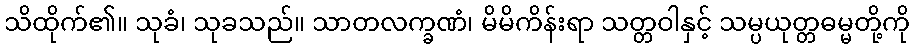
သိထိုက်၏။ သုခံ၊ သုခသည်။ သာတလက္ခဏံ၊ မိမိကိန်းရာ သတ္တဝါနှင့် သမ္ပယုတ္တဓမ္မတို့ကို